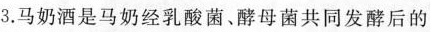
3.马奶酒是马奶经乳酸菌、酵母菌共同发酵后的